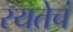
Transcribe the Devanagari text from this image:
रयतेचं